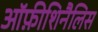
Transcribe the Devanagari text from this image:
ऑफ़ीशिनैलिस